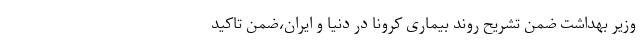
وزیر بهداشت ضمن تشریح روند بیماری کرونا در دنیا و ایران،ضمن تاکید